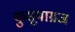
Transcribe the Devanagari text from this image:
कुसूमाग्रज